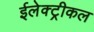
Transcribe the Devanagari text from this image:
ईलेक्ट्रीकल